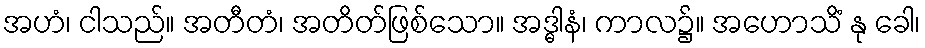
အဟံ၊ ငါသည်။ အတီတံ၊ အတိတ်ဖြစ်သော။ အဒ္ဓါနံ၊ ကာလ၌။ အဟောသိံ နု ခေါ၊